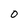
Character: 0